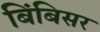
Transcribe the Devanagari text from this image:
बिंबिसर